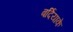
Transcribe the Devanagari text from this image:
बर्दियाके